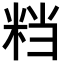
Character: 𥹥